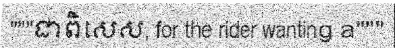
"""ជាពិសេស, for the rider wanting a"""